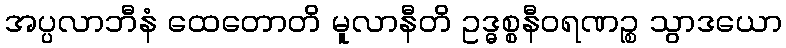
အပ္ပလာဘီနံ ထေတောတိ မူလာနီတိ ဥဒ္ဓစ္စနီဝရဏဉ္စ သွာဒယော